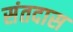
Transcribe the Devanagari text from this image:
संतदास